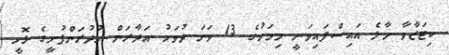
ކިޓަޒާވާ މާލެ އައިސްފައިވަނީ މިމަހުގެ 13 ވަނަ ދުވަހު އަދާރަން ހުދުރަންފުށީގެ ޅޮހީ